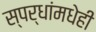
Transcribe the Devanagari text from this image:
स्पर्धांमधेही